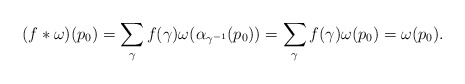
\begin{align*}(f*\omega)(p_0)=\sum_{\gamma}f(\gamma)\omega(\alpha_{\gamma^{-1}}(p_0))=\sum_\gamma f(\gamma)\omega(p_0)=\omega(p_0).\end{align*}